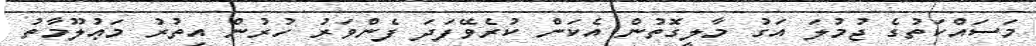
މަސައްކަތުގެ ޖުމުލަ އަގު މާލީގޮތުން އެކަން ކުރެވޭފަދަ ފެންވަރު ހުރުން އިތުރު މަޢުލޫމާތު